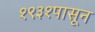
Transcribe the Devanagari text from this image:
१९३१पासून